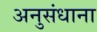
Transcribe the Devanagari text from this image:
अनुसंधाना